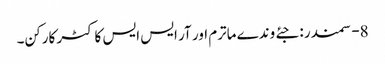
8- سمندر : جئے وندے ماترم اور آر ایس ایس کا کٹر کارکن۔